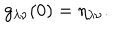
LaTeX: g _ { \lambda \nu } ( 0 ) = \eta _ { \lambda \nu } .